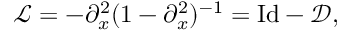
\mathscr { L } = - \partial _ { x } ^ { 2 } ( 1 - \partial _ { x } ^ { 2 } ) ^ { - 1 } = \mathrm { I d } - \mathscr { D } ,